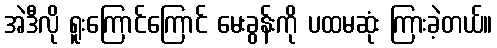
အဲဒီလို ရူးကြောင်ကြောင် မေးခွန်းကို ပထမဆုံး ကြားခဲ့တယ်။